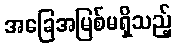
အခြေအမြစ်မရှိသည့်